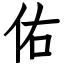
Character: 佑